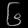
Digit: ၆